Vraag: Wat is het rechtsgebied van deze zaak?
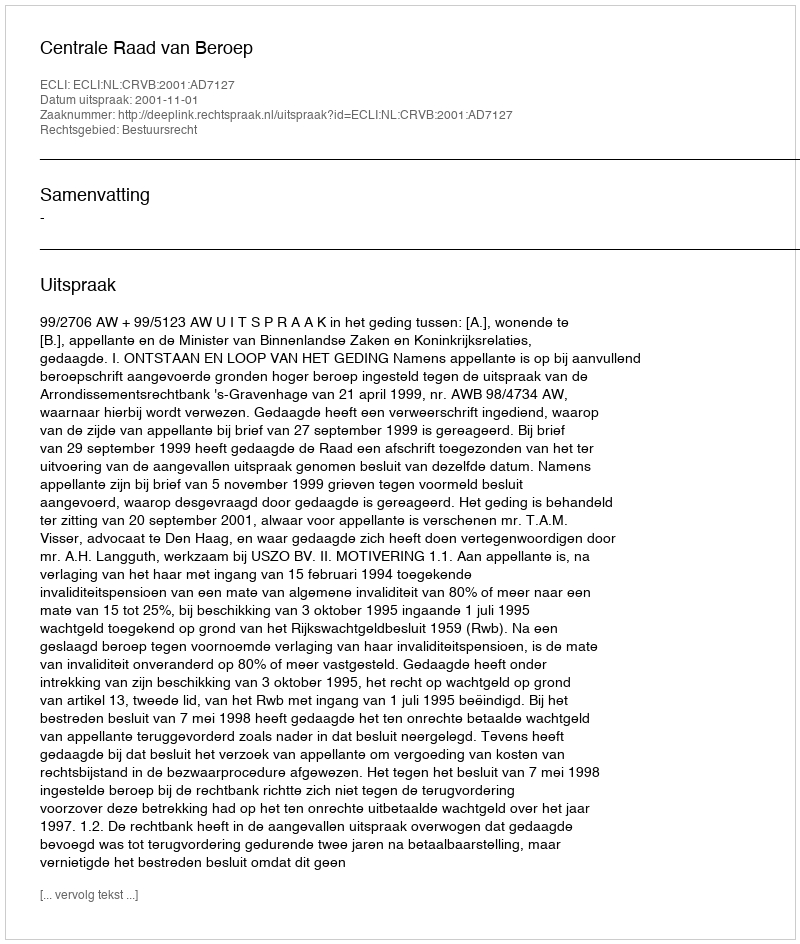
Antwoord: Bestuursrecht